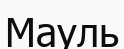
Мауль